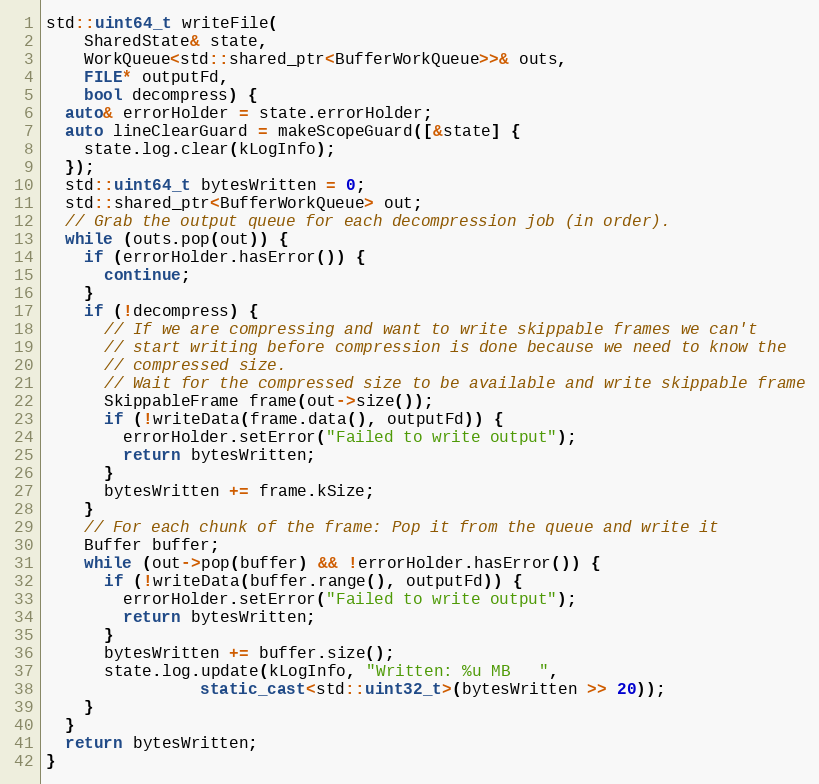
Language: C++
std::uint64_t writeFile(
    SharedState& state,
    WorkQueue<std::shared_ptr<BufferWorkQueue>>& outs,
    FILE* outputFd,
    bool decompress) {
  auto& errorHolder = state.errorHolder;
  auto lineClearGuard = makeScopeGuard([&state] {
    state.log.clear(kLogInfo);
  });
  std::uint64_t bytesWritten = 0;
  std::shared_ptr<BufferWorkQueue> out;
  // Grab the output queue for each decompression job (in order).
  while (outs.pop(out)) {
    if (errorHolder.hasError()) {
      continue;
    }
    if (!decompress) {
      // If we are compressing and want to write skippable frames we can't
      // start writing before compression is done because we need to know the
      // compressed size.
      // Wait for the compressed size to be available and write skippable frame
      SkippableFrame frame(out->size());
      if (!writeData(frame.data(), outputFd)) {
        errorHolder.setError("Failed to write output");
        return bytesWritten;
      }
      bytesWritten += frame.kSize;
    }
    // For each chunk of the frame: Pop it from the queue and write it
    Buffer buffer;
    while (out->pop(buffer) && !errorHolder.hasError()) {
      if (!writeData(buffer.range(), outputFd)) {
        errorHolder.setError("Failed to write output");
        return bytesWritten;
      }
      bytesWritten += buffer.size();
      state.log.update(kLogInfo, "Written: %u MB   ",
                static_cast<std::uint32_t>(bytesWritten >> 20));
    }
  }
  return bytesWritten;
}